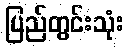
ပြည်တွင်းသုံး